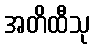
အတိထီသု